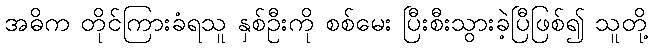
အဓိက တိုင်ကြားခံရသူ နှစ်ဦးကို စစ်မေး ပြီးစီးသွားခဲ့ပြီဖြစ်၍ သူတို့